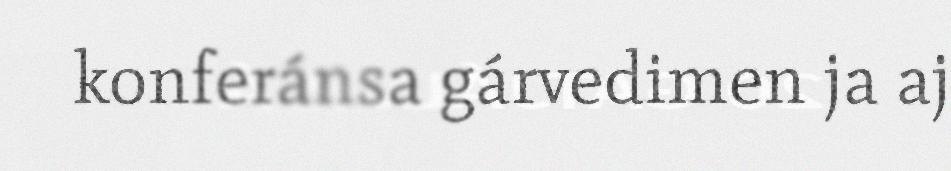
konferánsa gárvedimen ja aj